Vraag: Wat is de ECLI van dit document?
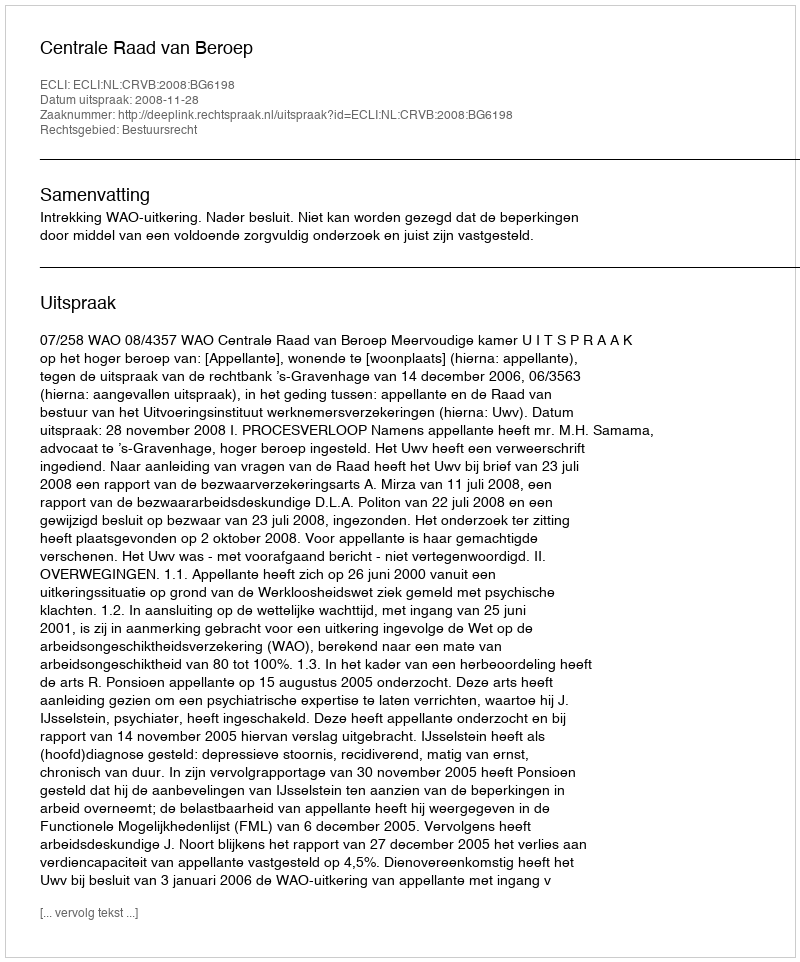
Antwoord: ECLI:NL:CRVB:2008:BG6198